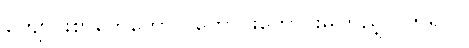
ကျောင်းစာတွေတောင် ကောင်းကောင်းမကြည့်လိုက်ရပါ။